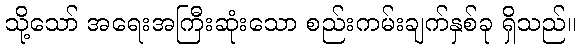
သို့သော် အရေးအကြီးဆုံးသော စည်းကမ်းချက်နှစ်ခု ရှိသည်။